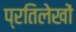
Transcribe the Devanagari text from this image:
प्रतिलेखों